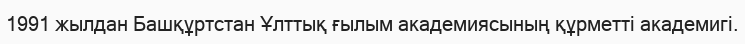
1991 жылдан Башқұртстан Ұлттық ғылым академиясының құрметті академигі.